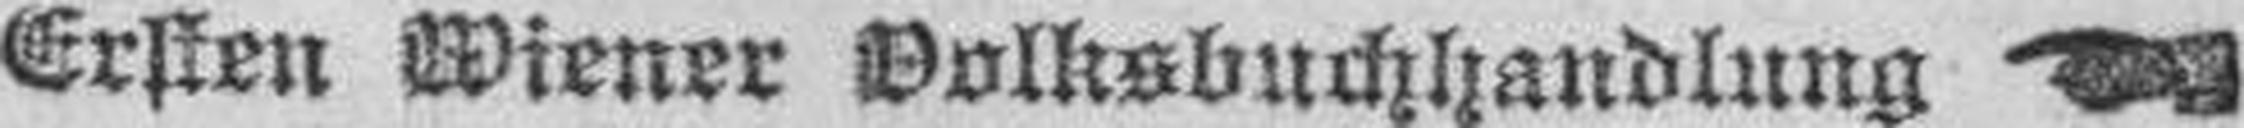
Ersten Wiener Volksbuchhandlung